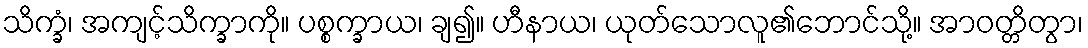
သိက္ခံ၊ အကျင့်သိက္ခာကို။ ပစ္စက္ခာယ၊ ချ၍။ ဟီနာယ၊ ယုတ်သောလူ၏ဘောင်သို့။ အာဝတ္တိတွာ၊